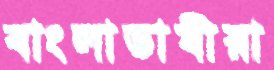
বাংলাভাষীরা